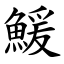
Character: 鰀